King Institute of Preventive Medicine Bacteriolog. Section reports 1907-08
Year: 1907
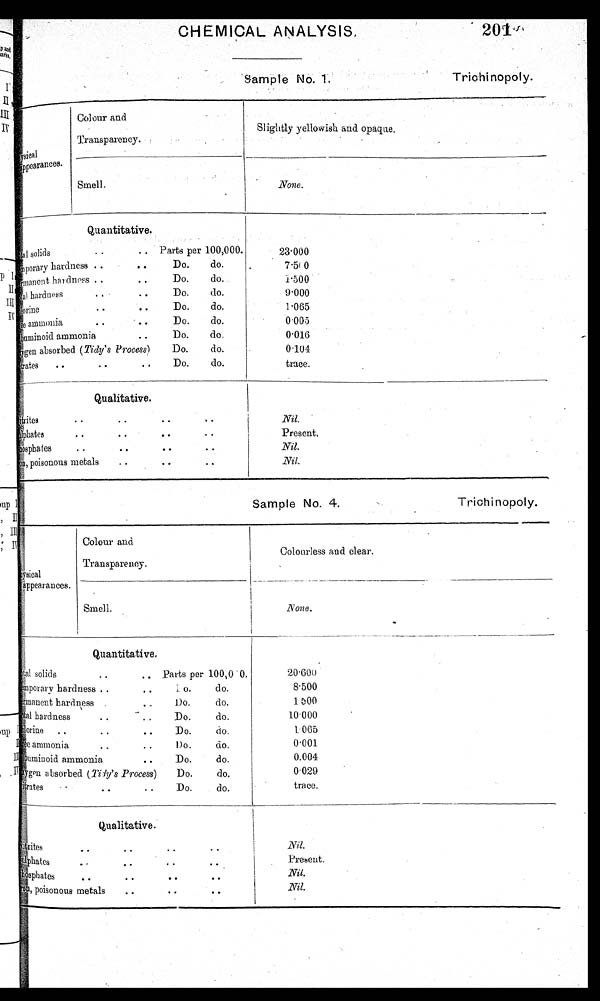
CHEMICAL ANALYSIS,
201.
Sample No. 1.
Trichinopoly.
physical
appearances.
Colour and
Transparency.
Slightly yellowish and opaque.
.
Smell,
None.
Quantitative .
T o t a l
s o l i d s
. .
. .
P a r t s p e r 1 0 0 , 0 0 0 .
Temporary hardness .. • • Do. do
• •
Permanent hardness . .Do. do.
Total hardness .. Do. do.
• •
Chlorine• • Do. do.
Free ammonia • • • • Do. do.
Albuminoid ammonia
• •
Do.
do.
Oxygen absorbed (Tidy's Process) Do. do.
Nitrates .. • • .. Do. do.
23.000
.
7 . 5i 0
1.500
9.000
1.065
0.005
0.016
0.104
trace.
,
Qualitative.
• •
Nitrites . • • • , .
Sulphates • • • • • • • .
• •
Phosphates •
• •
• •
,n ,
metals
,
..
• •
..
Nil.
Present.
Nil.
.
Nil.
Sample No. 4.
Trichinopoly.
appearances.
p h y s i c
a l
Colour and
Transparency.
Colourless and clear.
Smell.
_None.
Quantitative,
Total. solids .. .. Parts per 100,00.
Temporary hardness .. • •
Do .
d o .
Permanent hardness .
..
Do.
do.
..
T o t a l h a r d n e s s
• •
. .
D o .
d o .
Chlorine
..
. .
..
Do.
do.
F r e e a m m o n i a ,
. .
• .
D o .
d o .
Albuminoid ammonia
• •
Do.
do.
Oxygen absorbed (Tidy's Process)
Do.
do.
N i t r a t e s
• •
. .
D o .
d o .
20.600
8.500
1 . 5
0 0
i
10.000
.
1:005
0.001
0.004
0.029
trace.
Qualitative.
it-rites, •
• •
Sulphates
. -
• •
..
• •
Phosphates
• •
• •
• •
• •
o n
Iron, poisonous metals
• •
..
• •
Present.
I
Nil.
.Nil
.